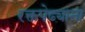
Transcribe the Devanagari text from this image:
रक्तपेढ्याना